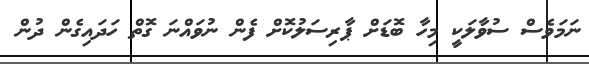
ނަމަވެސް ސުވާލަކީ މިހާ ބޮޑަށް ޕާރިސަލުކޮށް ފެން ނުވައްނަ ގޮތް ހަދައިގެން ދުން